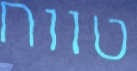
טווח